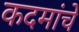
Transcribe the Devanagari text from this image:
कदमांचे